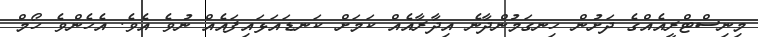
މިނިސްޓްރީއެއްގެ ދަށުން ހިނގަމުންދާނެ އިދާރާއެއް ކަމަށް ކަނޑައަޅައިފައެއް ނުވެ އެވެ. އެހެންވެ ހޯމް